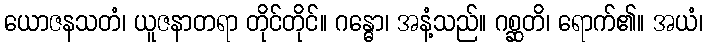
ယောဇနသတံ၊ ယူဇနာတရာ တိုင်တိုင်။ ဂန္ဓော၊ အနံ့သည်။ ဂစ္ဆတိ၊ ရောက်၏။ အယံ၊